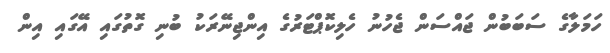
ހަމަލާގެ ސަބަބުން ޖައްސަން ޖެހުނު ހެލިކޮޕްޓަރުގެ އިންޖިނޭރަކު ބުނި ގޮތުގައި އޭގައި އިން